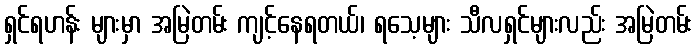
ရှင်ရဟန်း များမှာ အမြဲတမ်း ကျင့်နေရတယ်၊ ရသေ့များ သီလရှင်များလည်း အမြဲတမ်း